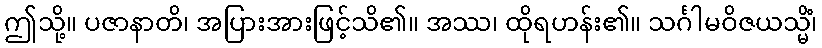
ဤသို့။ ပဇာနာတိ၊ အပြားအားဖြင့်သိ၏။ အဿ၊ ထိုရဟန်း၏။ သင်္ဂါမဝိဇယသ္မိံ၊